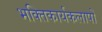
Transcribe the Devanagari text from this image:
भक्तिकार्यकलापों